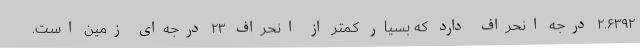
۲.۶۳۹۲ درجه انحراف دارد که بسیار کمتر از انحراف ۲۳ درجه‌ای زمین است.